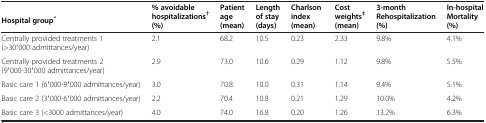
|  | <ROWSPAN=2> % avoidable hospitalizations† (%) | <ROWSPAN=2> Patient age (mean) | <ROWSPAN=2> Length of stay (days) | <ROWSPAN=2> Charlson index (mean) | <ROWSPAN=2> Cost weights‡ (mean) | <ROWSPAN=2> 3-month Rehospitalization (%) | <ROWSPAN=2> In-hospital Mortality (%) |
 | Hospital group* |
 | --- | --- | --- | --- | --- | --- | --- | --- |
 | Centrally provided treatments 1 (>30′000 admittances/year) | 2.1 | 68.2 | 10.5 | 0.23 | 2.33 | 9.8% | 4.1% |
 | Centrally provided treatments 2 (9′000-30′000 admittances/year) | 2.9 | 73.0 | 10.6 | 0.29 | 1.12 | 9.8% | 5.5% |
 | Basic care 1 (6′000-9′000 admittances/year) | 3.0 | 70.8 | 10.0 | 0.31 | 1.14 | 9.4% | 5.1% |
 | Basic care 2 (3′000-6′000 admittances/year) | 2.2 | 70.4 | 10.8 | 0.21 | 1.29 | 10.0% | 4.2% |
 | Basic care 3 (<3000 admittances/year) | 4.0 | 74.0 | 16.8 | 0.20 | 1.26 | 13.2% | 6.3% |